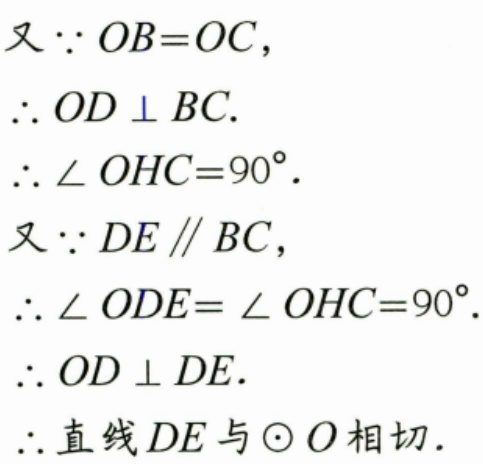
又\(\because OB = OC\)，
\(\therefore OD\perp BC\).
\(\therefore\angle OHC = 90^{\circ}\).
又\(\because DE\parallel BC\)，
\(\therefore\angle ODE=\angle OHC = 90^{\circ}\).
\(\therefore OD\perp DE\).
\(\therefore\)直线\(DE\)与\(\odot O\)相切.